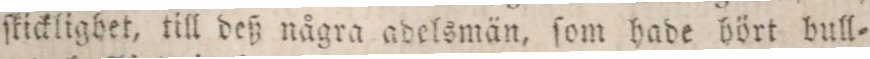
ſkicklighet, till deß några adelsmän, ſom hade hört bull=